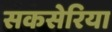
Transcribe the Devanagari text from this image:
सकसेरिया